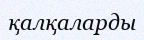
қалқаларды